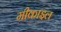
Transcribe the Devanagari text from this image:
मीकाइल